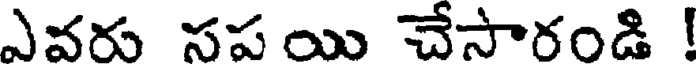
ఎవరు సప యి చేసారండి !